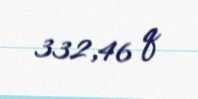
332,46 q